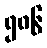
၅၈၆